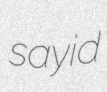
sayid